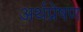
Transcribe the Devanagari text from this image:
अर्थप्रेषण